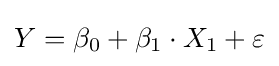
Y=\beta _{0}+\beta _{1}\cdot X_{1}+\varepsilon